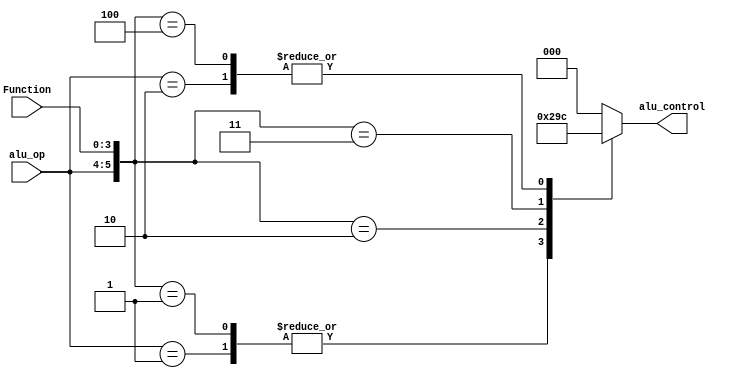
module alu_control_unit(alu_control, alu_op, Function );
output reg[2:0]alu_control;
input [1:0]alu_op;
input [3:0]Function;
wire [5:0] alu_enable;
assign alu_enable = {alu_op,Function};
always @(alu_enable)
casex(alu_enable)
6'b11xxxx: alu_control = 3'b000; //add
6'b01xxxx: alu_control = 3'b001; //sub
6'b10xxxx: alu_control = 3'b100; //slt
6'b000000: alu_control = 3'b000; //add
6'b000001: alu_control = 3'b001; //sub
6'b000010: alu_control = 3'b010; //and
6'b000011: alu_control = 3'b011; //or
6'b000100: alu_control = 3'b100; //slt
default: alu_control = 3'b000;
endcase
endmodule